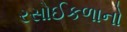
રસોઈકળાનો